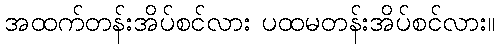
အထက်တန်းအိပ်စင်လား ပထမတန်းအိပ်စင်လား။